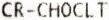
CR-CHOCLT